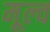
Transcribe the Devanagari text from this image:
मूल्व